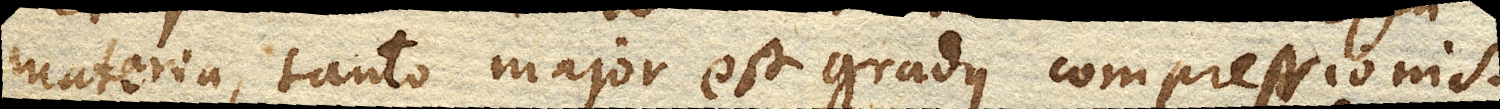
materia, tanto major est gradus compressionis.